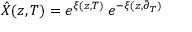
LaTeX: \hat { X } ( z , T ) = e ^ { \xi ( z , T ) } \; e ^ { - \xi ( z , \tilde { \partial } _ { T } ) }